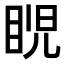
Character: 𥆩